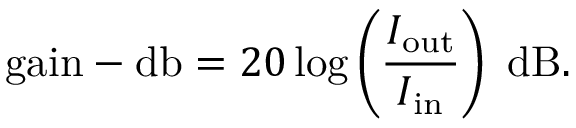
{ \mathrm { g a i n - d b } } = 2 0 \log \left( { \frac { I _ { \mathrm { o u t } } } { I _ { \mathrm { i n } } } } \right) ~ { \mathrm { d B } } .